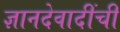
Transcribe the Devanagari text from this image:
ज्ञानदेवादींची